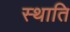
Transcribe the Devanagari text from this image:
स्थाति